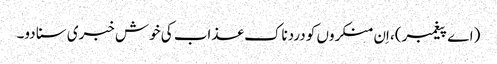
(اے پیغمبر)، اِن منکروں کو دردناک عذاب کی خوش خبری سنا دو۔